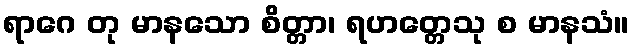
ရာဂေ တု မာနသော စိတ္တာ၊ ရဟတ္တေသု စ မာနသံ။